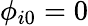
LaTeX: \phi_{i0}=0